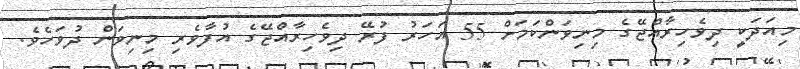
މިއަދަކީ ދިވެހިރާއްޖޭގެ މިނިވަންކަމަށް 55 އަހަރު ފުރޭ ދިވެހިރާއްޖޭގެ އުފާވެރި މިނިވަން ދުވަހެވެ.